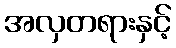
အလှတရားနှင့်